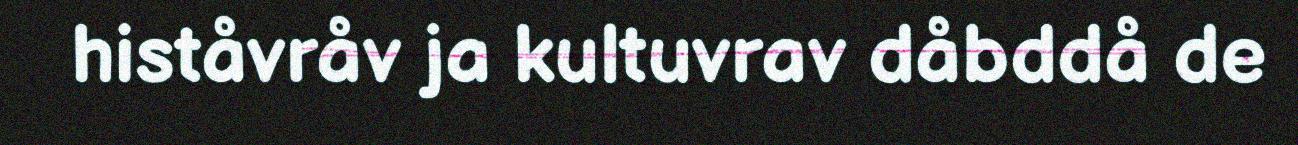
histåvråv ja kultuvrav dåbddå de